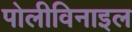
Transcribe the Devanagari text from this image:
पोलीविनाइल